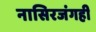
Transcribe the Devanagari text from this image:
नासिरजंगही